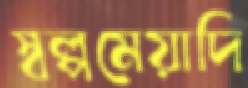
স্বল্পমেয়াদি